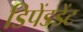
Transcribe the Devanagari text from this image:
डिपेंडडेंट